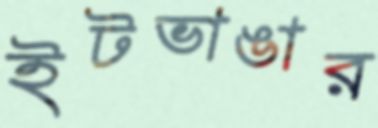
ইটভাঙার